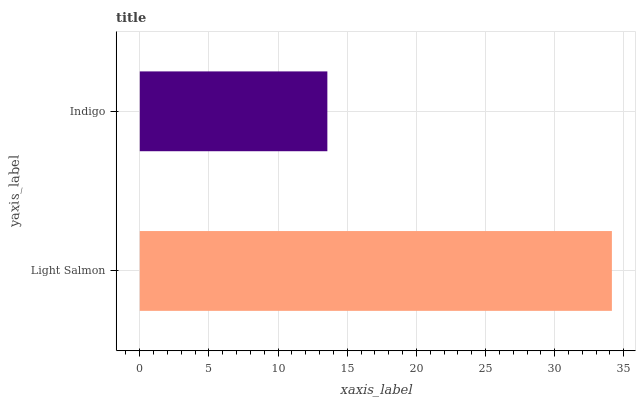
| yaxis_label | bars |
 | --- | --- |
 | Light Salmon | 34.1 |
 | Indigo | 13.6 |